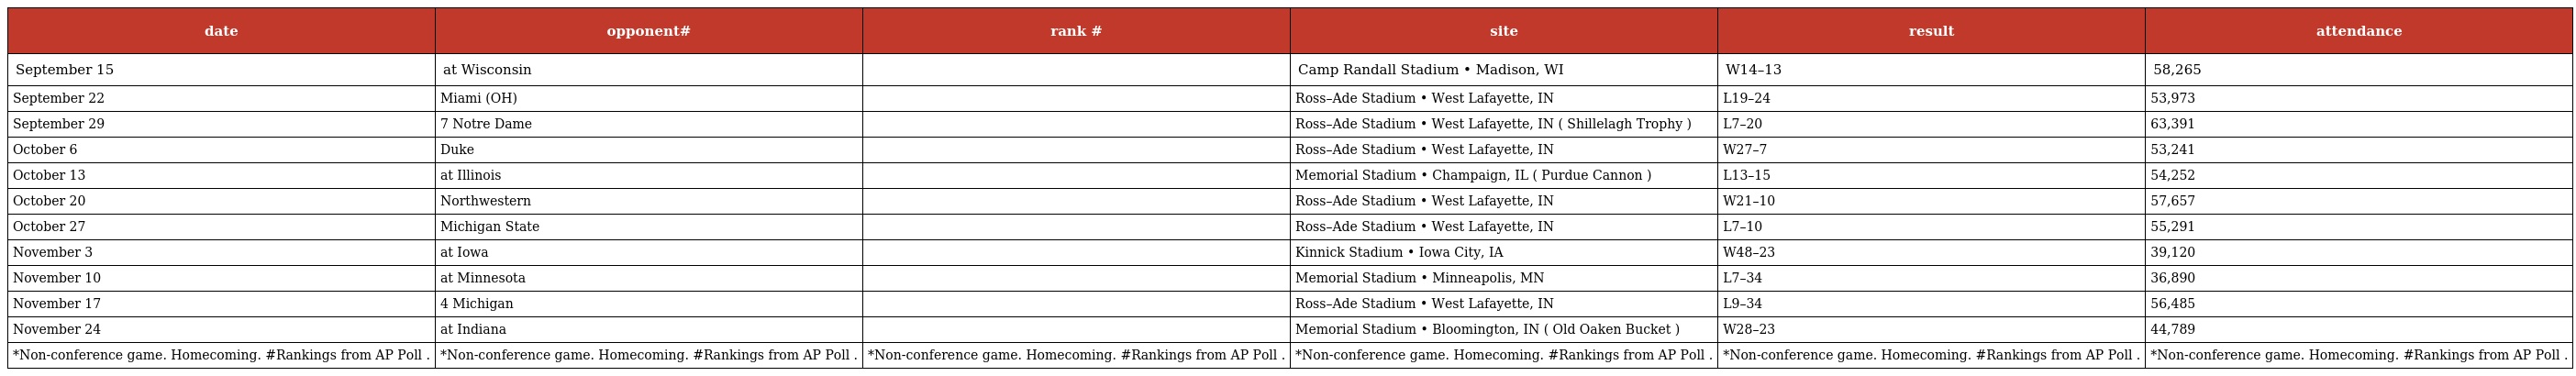
| date | opponent# | rank # | site | result | attendance |
 | --- | --- | --- | --- | --- | --- |
 | September 15 | at Wisconsin |  | Camp Randall Stadium • Madison, WI | W14–13 | 58,265 |
 | September 22 | Miami (OH) |  | Ross–Ade Stadium • West Lafayette, IN | L19–24 | 53,973 |
 | September 29 | 7 Notre Dame |  | Ross–Ade Stadium • West Lafayette, IN ( Shillelagh Trophy ) | L7–20 | 63,391 |
 | October 6 | Duke |  | Ross–Ade Stadium • West Lafayette, IN | W27–7 | 53,241 |
 | October 13 | at Illinois |  | Memorial Stadium • Champaign, IL ( Purdue Cannon ) | L13–15 | 54,252 |
 | October 20 | Northwestern |  | Ross–Ade Stadium • West Lafayette, IN | W21–10 | 57,657 |
 | October 27 | Michigan State |  | Ross–Ade Stadium • West Lafayette, IN | L7–10 | 55,291 |
 | November 3 | at Iowa |  | Kinnick Stadium • Iowa City, IA | W48–23 | 39,120 |
 | November 10 | at Minnesota |  | Memorial Stadium • Minneapolis, MN | L7–34 | 36,890 |
 | November 17 | 4 Michigan |  | Ross–Ade Stadium • West Lafayette, IN | L9–34 | 56,485 |
 | November 24 | at Indiana |  | Memorial Stadium • Bloomington, IN ( Old Oaken Bucket ) | W28–23 | 44,789 |
 | *Non-conference game. Homecoming. #Rankings from AP Poll . | *Non-conference game. Homecoming. #Rankings from AP Poll . | *Non-conference game. Homecoming. #Rankings from AP Poll . | *Non-conference game. Homecoming. #Rankings from AP Poll . | *Non-conference game. Homecoming. #Rankings from AP Poll . | *Non-conference game. Homecoming. #Rankings from AP Poll . |